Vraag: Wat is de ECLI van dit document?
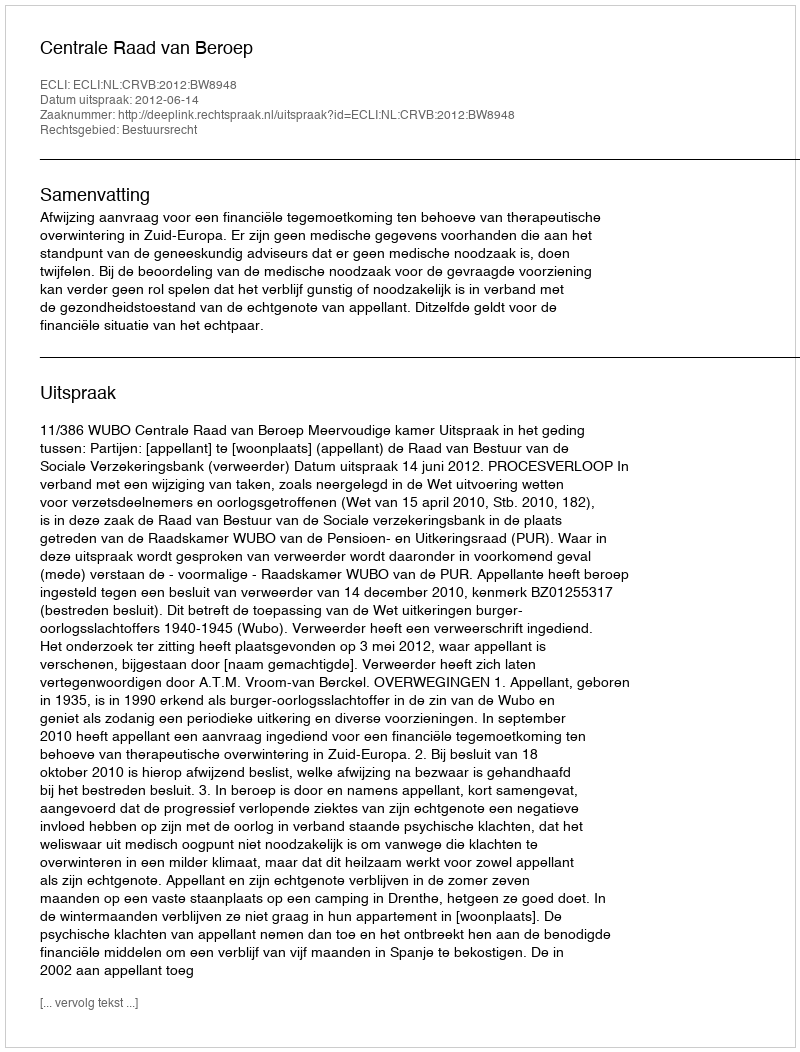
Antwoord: ECLI:NL:CRVB:2012:BW8948